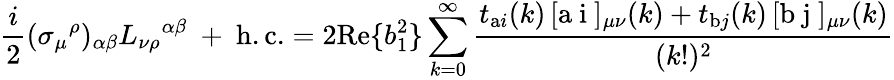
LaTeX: \frac{i}2(\sigma_{\mu}{}^{\rho})_{\alpha\beta}L_{\nu\rho}{}^{\alpha\beta}\ +\ \mathrm{h.c.}=2\mathrm{Re}\{ b_{1}^{2}\} \sum_{k=0}^{\infty}\frac{t_{\mathrm{a}i}(k)\, [\mathrm{a~i~}]_{\mu\nu}{}(k)+t_{\mathrm{b}j}(k)\, [\mathrm{b~j~}]_{\mu\nu}{}(k)}{(k!)^{2}}